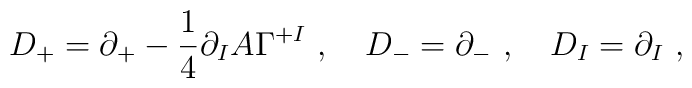
D_+ = \partial_+ - \frac{1}{4} \partial_I A \Gamma^{+I} ~,~~~D_- = \partial_- ~,~~~D_I = \partial_I ~,